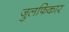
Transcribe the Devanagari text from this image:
जुलफिकार